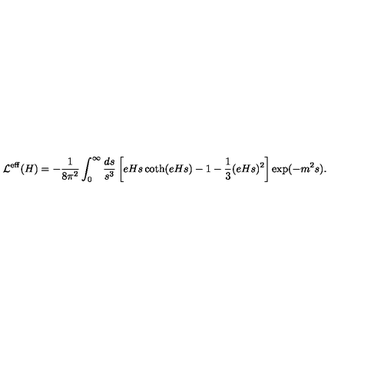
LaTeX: { \cal L } ^ { \mathrm { e f f } } ( H ) = - \frac { 1 } { 8 \pi ^ { 2 } } \int _ { 0 } ^ { \infty } \frac { d s } { s ^ { 3 } } \left[ e H s \coth ( e H s ) - 1 - \frac 1 3 ( e H s ) ^ { 2 } \right] \exp ( - m ^ { 2 } s ) .